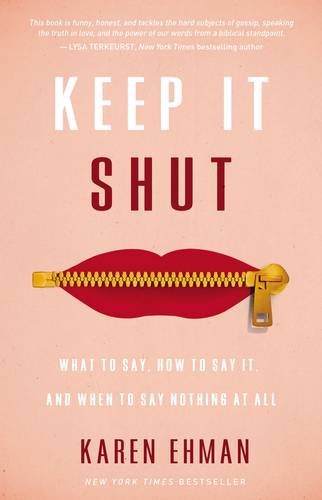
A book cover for Keep It Shut: What to Say, How to Say It, and When to Say Nothing at All; Karen Ehman; Christian Books & Bibles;